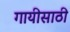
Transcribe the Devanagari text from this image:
गायीसाठी